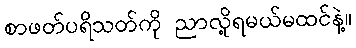
စာဖတ်ပရိသတ်ကို ညာလို့ရမယ်မထင်နဲ့။